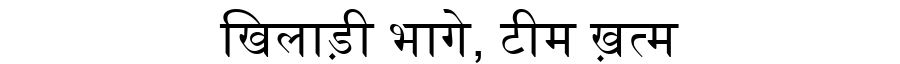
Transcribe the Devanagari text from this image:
खिलाड़ी भागे, टीम ख़त्म